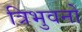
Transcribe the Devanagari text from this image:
त्रिभुवनों